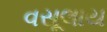
વસૂલાય